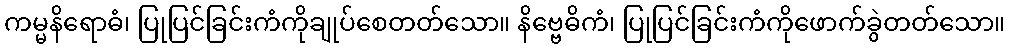
ကမ္မနိရောဓံ၊ ပြုပြင်ခြင်းကံကိုချုပ်စေတတ်သော။ နိဗ္ဗေဓိကံ၊ ပြုပြင်ခြင်းကံကိုဖောက်ခွဲတတ်သော။